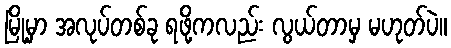
မြို့မှာ အလုပ်တစ်ခု ရဖို့ကလည်း လွယ်တာမှ မဟုတ်ပဲ။